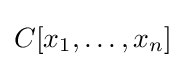
C[x_{1},\ldots ,x_{n}]